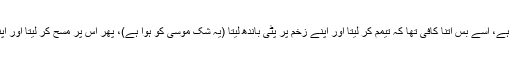
لاعلمی کا علاج پوچھنا ہی ہے، اسے بس اتنا کافی تھا کہ تیمم کر لیتا اور اپنے زخم پر پٹی باندھ لیتا (یہ شک موسیٰ کو ہوا ہے)، پھر اس پر مسح کر لیتا اور اپنے باقی جسم کو دھو ڈالتا”۔